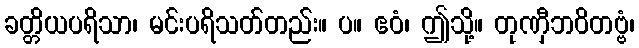
ခတ္တိယပရိသာ၊ မင်းပရိသတ်တည်း။ ပ။ ဧဝံ၊ ဤသို့။ တုဏှီဘဝိတဗ္ဗံ၊